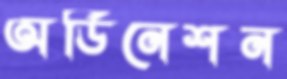
অর্ডিনেশন